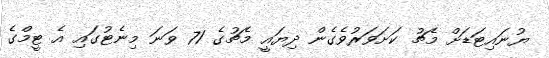
ޔުނައިޓަޑަށް މެޗު ކަށަވަރުވެގެން ދިޔައީ މެޗުގެ 71 ވަނަ މިނެޓުގައި އެ ޓީމްގެ